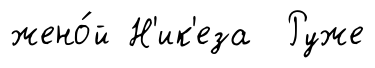
жено́й Н'ик'еза Руже